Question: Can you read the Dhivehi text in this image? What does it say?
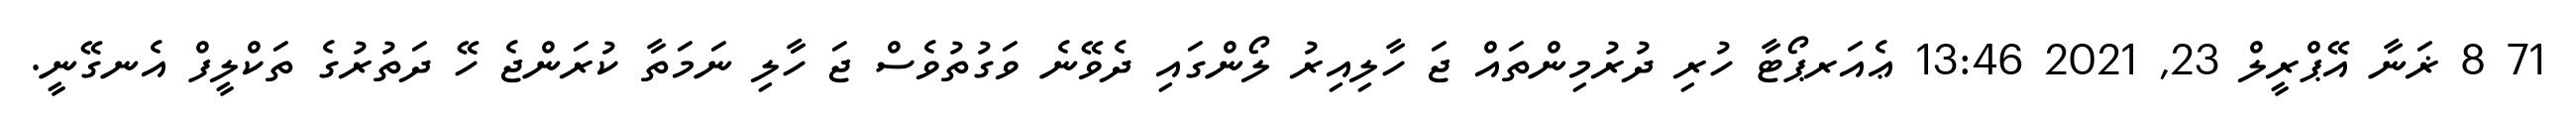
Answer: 71 8 ޜަނާ އޭޕްރީލް 23, 2021 13:46 ޢެއަރޕޯޓާ ހުރި ދުރުމިންތައް ޖަ ހާލިއިރު ލޯންގައި ދެވޭނެ ވަގުތުވެސް ޖަ ހާލި ނަމަތާ ކުރަންޖެ ހޭ ދަތުރުގެ ތަކްލީފް އެނގޭނީ.